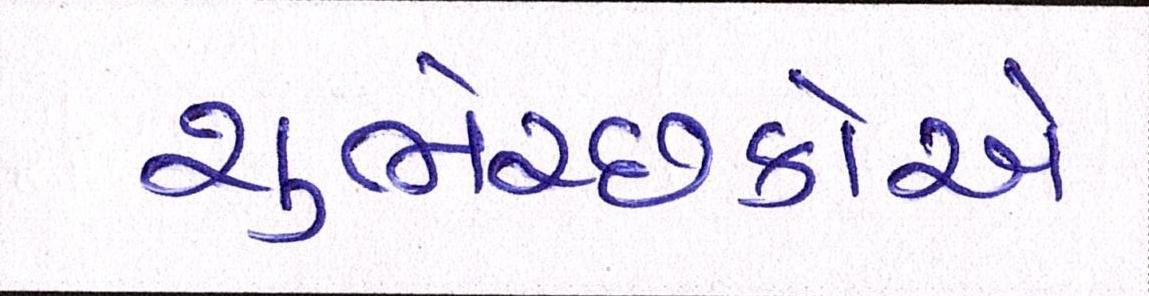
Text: શુભેચ્છકોએ